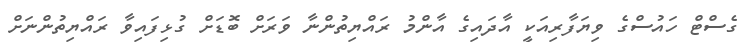
ގެސްޓް ހައުސްގެ ވިޔަފާރިއަކީ އާދައިގެ އާންމު ރައްޔިތުންނާ ވަރަށް ބޮޑަށް ގުޅިފައިވާ ރައްޔިތުންނަށް